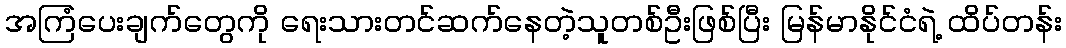
အကြံပေးချက်တွေကို ရေးသားတင်ဆက်နေတဲ့သူတစ်ဦးဖြစ်ပြီး မြန်မာနိုင်ငံရဲ့ ထိပ်တန်း